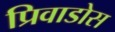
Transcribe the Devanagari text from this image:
प्रिवाडोस